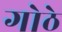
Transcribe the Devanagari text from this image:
गोठे